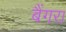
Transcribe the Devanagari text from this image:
बैंगरा